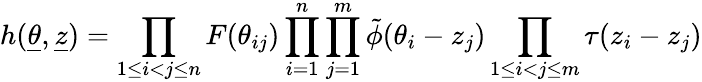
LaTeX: h(\underline{{{\theta}}},{\underline{{{z}}}})=\prod_{1\le i<j\le n}F(\theta_{ij})\prod_{i=1}^{n}\prod_{j=1}^{m}\tilde{\phi}(\theta_{i}-z_{j})\prod_{1\le i<j\le m}\tau(z_{i}-z_{j})